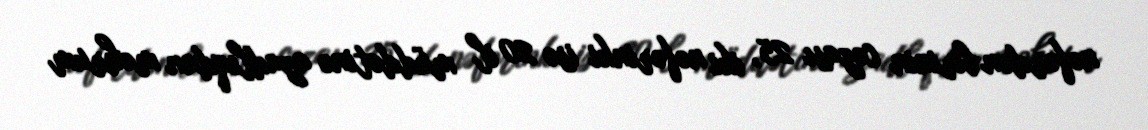
nəfərdən birinin cəzası 25, iki nəfərinki isə 20 il müddətinə azadlıqdan məhrum